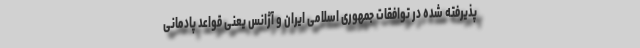
پذیرفته شده در توافقات جمهوری اسلامی ایران و آژانس یعنی قواعد پادمانی